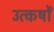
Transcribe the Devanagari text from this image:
उत्कर्षों